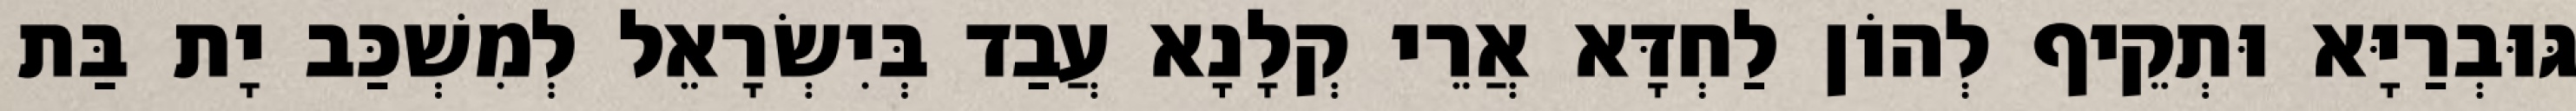
גּוּבְרַיָּא וּתְקֵיף לְהוֹן לַחְדָּא אֲרֵי קְלָנָא עֲבַד בְּיִשְׂרָאֵל לְמִשְׁכַּב יָת בַּת